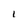
Character: I